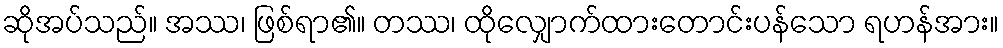
ဆိုအပ်သည်။ အဿ၊ ဖြစ်ရာ၏။ တဿ၊ ထိုလျှောက်ထားတောင်းပန်သော ရဟန်အား။